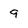
Character: 9